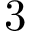
3